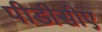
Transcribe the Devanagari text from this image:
पीडीसीए